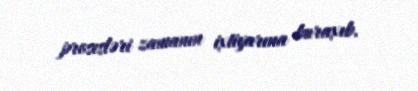
prosesləri zamanın ixtiyarına buraxıb.